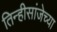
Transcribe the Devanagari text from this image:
तिन्हीसांजेच्या